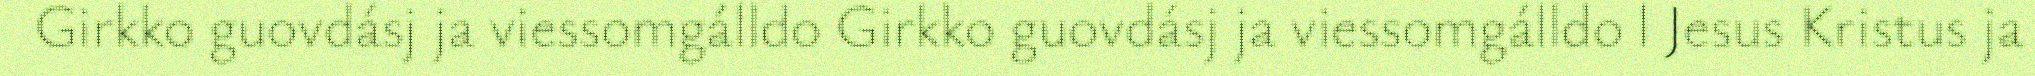
Girkko guovdásj ja viessomgálldo Girkko guovdásj ja viessomgálldo l Jesus Kristus ja